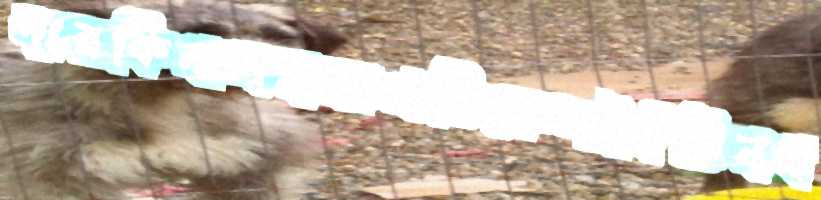
দারকিনাসহঅপটিকেলপৈঁচিনব